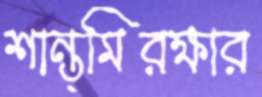
শান্ত্মিরক্ষার